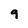
Character: 9